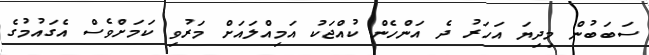
ސަބަބުން މިދިޔަ އަހަރު ދެ އަންހެން ކުއްޖަކު އަމިއްލައަށް މަރުވި ކަމަށްވެސް އެގައުމުގެ